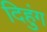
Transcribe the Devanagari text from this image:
दिहुंग